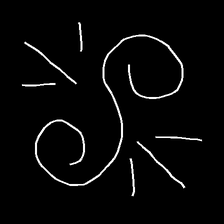
Glyph: wind-directs-air